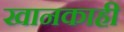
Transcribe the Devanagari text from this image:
खानकाही